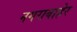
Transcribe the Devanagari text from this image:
नगराबाहेर